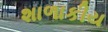
શાળાકીય